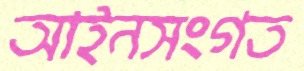
আইনসংগত